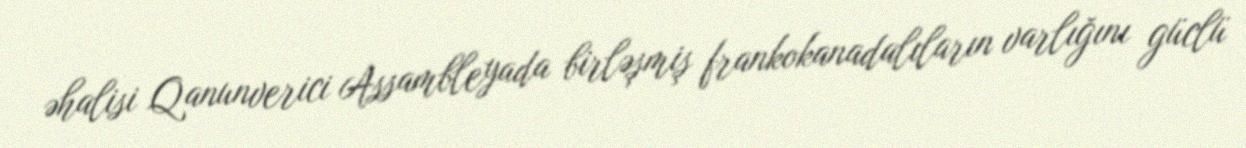
əhalisi Qanunverici Assambleyada birləşmiş frankokanadalıların varlığını güclü